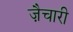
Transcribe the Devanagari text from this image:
ज़ैचारी